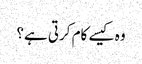
وہ کیسے کام کرتی ہے؟